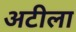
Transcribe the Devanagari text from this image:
अटीला